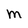
Character: M